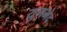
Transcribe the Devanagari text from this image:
युगभेद